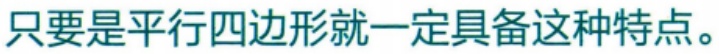
只要是平行四边形就一定具备这种特点。